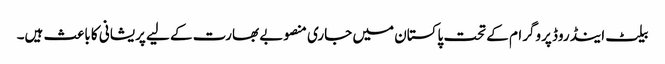
بیلٹ اینڈ روڈ پروگرام کے تحت پاکستان میں جاری منصوبے بھارت کے لیے پریشانی کا باعث ہیں۔